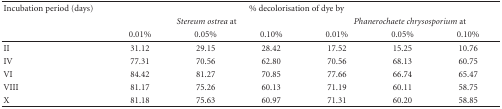
| Incubation period (days) | <COLSPAN=6> % decolorisation of dye by |
 |  | <COLSPAN=3> Stereum ostrea at | <COLSPAN=3> Phanerochaete chrysosporium at |
 |  | 0.01% | 0.05% | 0.10% | 0.01% | 0.05% | 0.10% |
 | --- | --- | --- | --- | --- | --- | --- |
 | II | 31.12 | 29.15 | 28.42 | 17.52 | 15.25 | 10.76 |
 | IV | 77.31 | 70.56 | 62.80 | 70.56 | 68.13 | 60.75 |
 | VI | 84.42 | 81.27 | 70.85 | 77.66 | 66.74 | 65.47 |
 | VIII | 81.17 | 75.26 | 60.13 | 71.19 | 60.11 | 58.75 |
 | X | 81.18 | 75.63 | 60.97 | 71.31 | 60.20 | 58.85 |